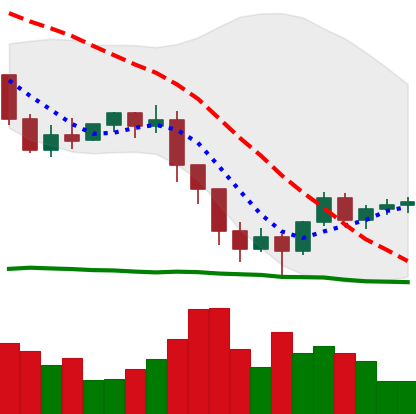
Ticker: ETH-USD
Chart end date: 2022-01-16
Forward return: -23.665%
Label: down_7plus